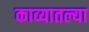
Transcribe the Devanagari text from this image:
काव्यातल्या